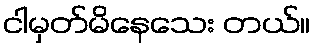
ငါမှတ်မိနေသေး တယ်။